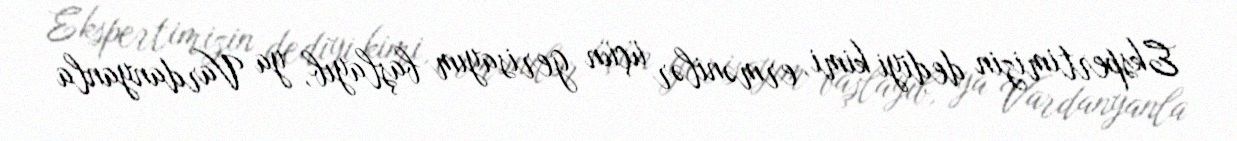
Ekspertimizin dediyi kimi, ermənilər üçün gerisayım başlayıb, ya Vardanyanla